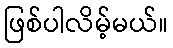
ဖြစ်ပါလိမ့်မယ်။